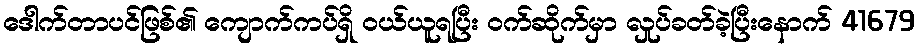
ဒေါက်တာပင်ဖြစ်၏ ကျောက်ကပ်ရှိ ဝယ်ယူရပြီး ဝက်ဆိုက်မှာ လှုပ်ခတ်ခဲ့ပြီးနောက် 41679